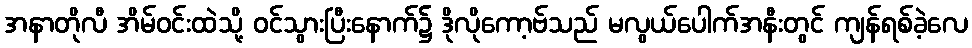
အနာတိုလီ အိမ်ဝင်းထဲသို့ ဝင်သွားပြီးနောက်၌ ဒိုလိုကော့ဗ်သည် မလွယ်ပေါက်အနီးတွင် ကျန်ရစ်ခဲ့လေ